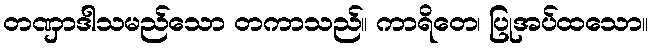
တဏှာဒါသမည်သော တကာသည်။ ကာရိတေ၊ ပြုအပ်ထသော။